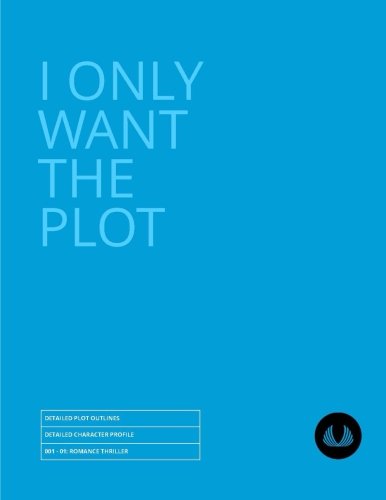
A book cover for I Only Want the Plot: Detailed Plot Outline - Romance Thriller (Detailed Plot Outlines); IJ Rose; Romance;